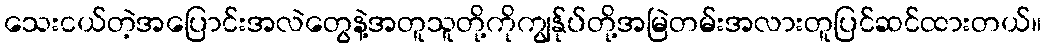
သေးငယ်တဲ့အပြောင်းအလဲတွေနဲ့အတူသူတို့ကိုကျွန်ုပ်တို့အမြဲတမ်းအလားတူပြင်ဆင်ထားတယ်။